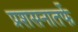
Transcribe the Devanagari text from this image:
प्रशसनातर्फे